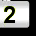
Digit: 2